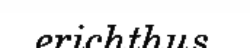
erichthus